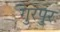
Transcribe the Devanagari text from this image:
गुरपुर